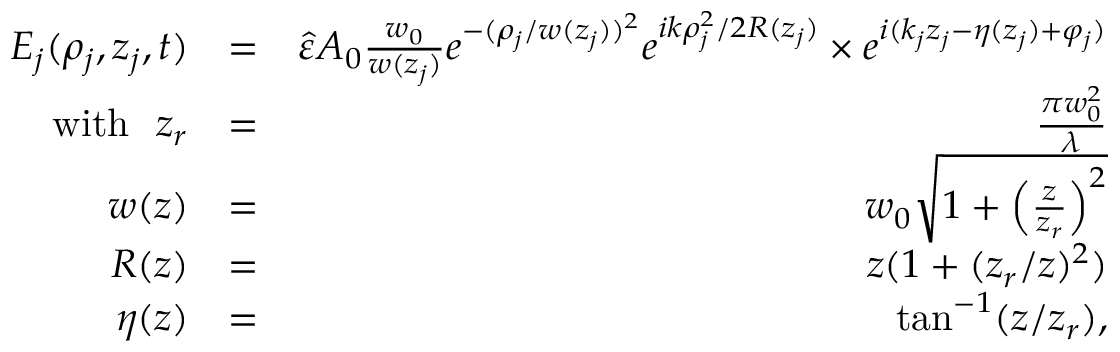
\begin{array} { r l r } { E _ { j } ( \rho _ { j } , z _ { j } , t ) } & { = } & { \hat { \varepsilon } A _ { 0 } \frac { w _ { 0 } } { w ( z _ { j } ) } e ^ { - ( \rho _ { j } / w ( z _ { j } ) ) ^ { 2 } } e ^ { i k \rho _ { j } ^ { 2 } / 2 R ( z _ { j } ) } \times e ^ { i ( k _ { j } z _ { j } - \eta ( z _ { j } ) + \varphi _ { j } ) } } \\ { \mathrm { w i t h } ~ ~ z _ { r } } & { = } & { \frac { \pi w _ { 0 } ^ { 2 } } { \lambda } } \\ { w ( z ) } & { = } & { w _ { 0 } \sqrt { 1 + \left( \frac { z } { z _ { r } } \right) ^ { 2 } } } \\ { R ( z ) } & { = } & { z ( 1 + ( z _ { r } / z ) ^ { 2 } ) } \\ { \eta ( z ) } & { = } & { \tan ^ { - 1 } ( z / z _ { r } ) , } \end{array}